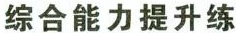
综合能力提升练